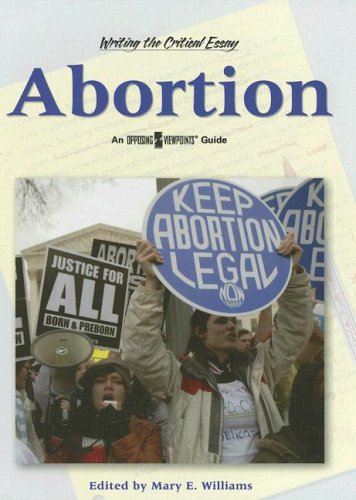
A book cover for Abortion (Writing the Critical Essay); Mary E. Williams; Teen & Young Adult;